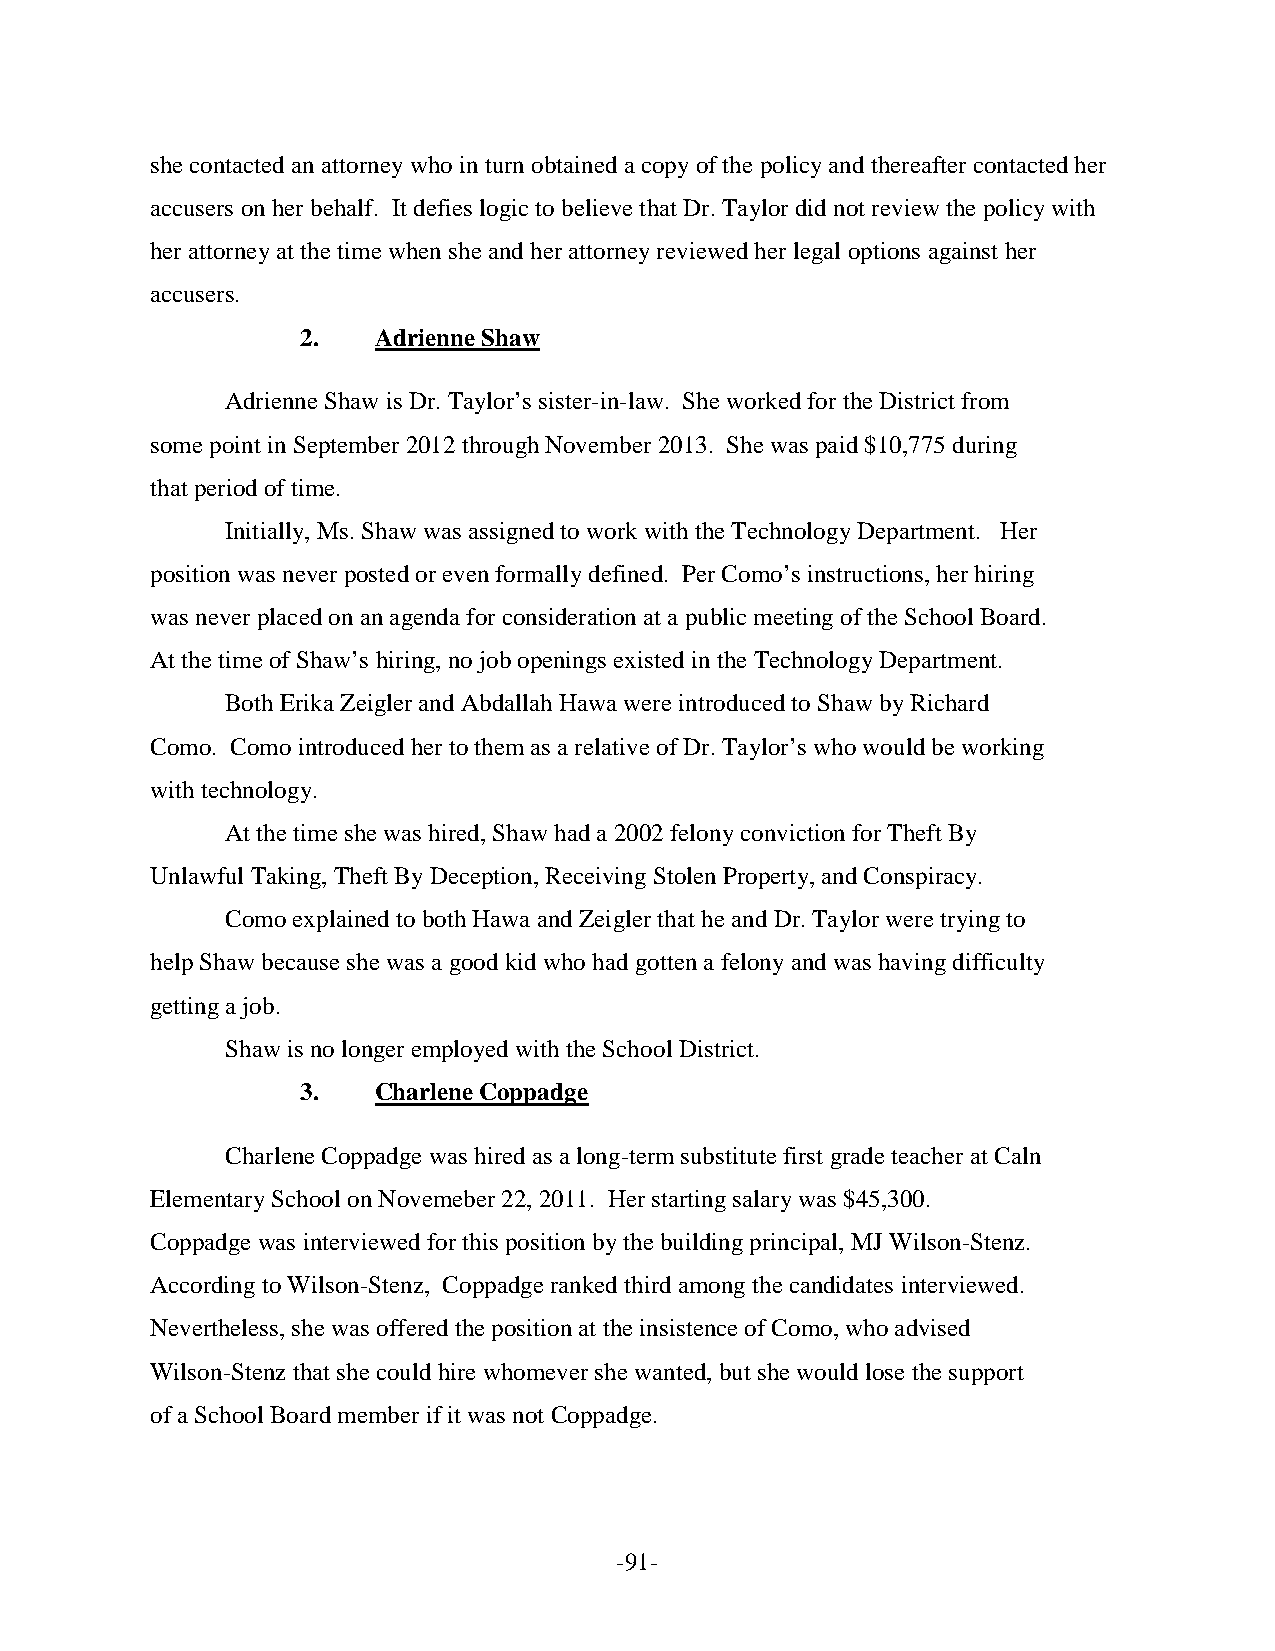
she contacted an attorney who in turn obtained a copy of the policy and thereafter contacted her
 accusers on her behalf. It defies logic to believe that Dr. Taylor did not review the policy with
 her attorney at the time when she and her attorney reviewed her legal options against her
 accusers.
 2.   Adrienne Shaw
 Adrienne Shaw is Dr. Taylor’s sister-in-law. She worked for the District from
 some point in September 2012 through November 2013. She was paid $10,775 during
 that period of time.
 Initially, Ms. Shaw was assigned to work with the Technology Department. Her
 position was never posted or even formally defined. Per Como’s instructions, her hiring
 was never placed on an agenda for consideration at a public meeting of the School Board.
 At the time of Shaw’s hiring, no job openings existed in the Technology Department.
 Both Erika Zeigler and Abdallah Hawa were introduced to Shaw by Richard
 Como. Como introduced her to them as a relative of Dr. Taylor’s who would be working
 with technology.
 At the time she was hired, Shaw had a 2002 felony conviction for Theft By
 Unlawful Taking, Theft By Deception, Receiving Stolen Property, and Conspiracy.
 Como explained to both Hawa and Zeigler that he and Dr. Taylor were trying to
 help Shaw because she was a good kid who had gotten a felony and was having difficulty
 getting a job.
 Shaw is no longer employed with the School District.
 3.   Charlene Coppadge
 Charlene Coppadge was hired as a long-term substitute first grade teacher at Caln
 Elementary School on Novemeber 22, 2011. Her starting salary was $45,300.
 Coppadge was interviewed for this position by the building principal, MJ Wilson-Stenz.
 According to Wilson-Stenz, Coppadge ranked third among the candidates interviewed.
 Nevertheless, she was offered the position at the insistence of Como, who advised
 Wilson-Stenz that she could hire whomever she wanted, but she would lose the support
 of a School Board member if it was not Coppadge.
 -91-